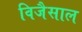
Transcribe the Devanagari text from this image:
विजैसाल